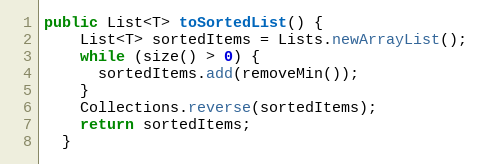
Language: Java
public List<T> toSortedList() {
    List<T> sortedItems = Lists.newArrayList();
    while (size() > 0) {
      sortedItems.add(removeMin());
    }
    Collections.reverse(sortedItems);
    return sortedItems;
  }